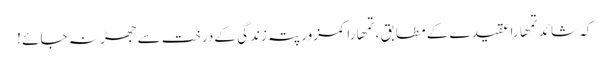
کہ شائد تمھارا عقیدے کے مطابق ، تمھارا کمزور پتہ زندگی کے درخت سے جھڑ نہ جائے !